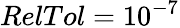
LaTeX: RelTol=10^{-7}